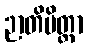
ဉာတိမိတ္တာ